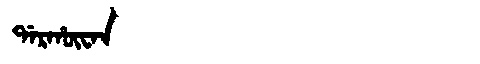
Manchu: ᡩᠠᡵᡥᡡᠸᠠᠨ
Romanization: DARHŪWAN